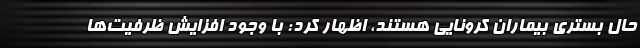
حال بستری بیماران کرونایی هستند، اظهار کرد: با وجود افزایش ظرفیت‌ها